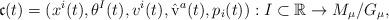
LaTeX: \begin{align*}\mathfrak{c}(t) = (x^i(t), \theta^I(t), v^i(t), \hat{\rm v}^a(t), p_i(t) ):I\subset \mathbb{R}\to {M_\mu}/{G_\mu},\end{align*}